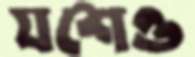
যশেও